Rangoon Lunatic Asylum 1878-1892 - 1878-1892
Year: 1878
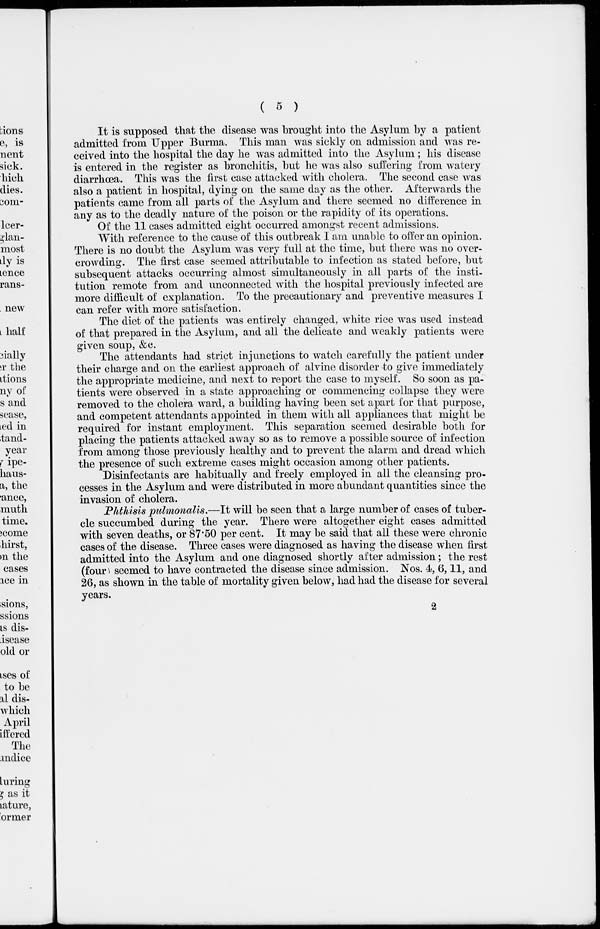
( 5 )
It is supposed that the disease was brought into the Asylum by a patient
admitted from Upper Burma. This man was sickly on admission and was re-
ceived into the hospital the day he was admitted into the Asylum; his disease
is entered in the register as bronchitis, but he was also suffering from watery
diarrhœa. This was the first case attacked with cholera. The second case was
also a patient in hospital, dying on the same day as the other. Afterwards the
patients came from all parts of the Asylum and there seemed no difference in
any as to the deadly nature of the poison or the rapidity of its operations.
Of the 11 cases admitted eight occurred amongst recent admissions.
With reference to the cause of this outbreak I am unable to offer an opinion.
There is no doubt the Asylum was very full at the time, but there was no over-
crowding. The first case seemed attributable to infection as stated before, but
subsequent attacks occurring almost simultaneously in all parts of the insti-
tution remote from and unconnected with the hospital previously infected are
more difficult of explanation. To the precautionary and preventive measures I
can refer with more satisfaction.
The diet of the patients was entirely changed, white rice was used instead
of that prepared in the Asylum, and all the delicate and weakly patients were
given soup, &c.
The attendants had strict injunctions to watch carefully the patient under
their charge and on the earliest approach of alvine disorder to give immediately
the appropriate medicine, and next to report the case to myself. So soon as pa-
tients were observed in a state approaching or commencing collapse they were
removed to the cholera ward, a building having been set apart for that purpose,
and competent attendants appointed in them with all appliances that might be
required for instant employment. This separation seemed desirable both for
placing the patients attacked away so as to remove a possible source of infection
from among those previously healthy and to prevent the alarm and dread which
the presence of such extreme cases might occasion among other patients.
Disinfectants are habitually and freely employed in all the cleansing pro-
cesses in the Asylum and were distributed in more abundant quantities since the
invasion of cholera.
Phthisis pulmonalis.—It will be seen that a large number of cases of tuber-
cle succumbed during the year. There were altogether eight cases admitted
with seven deaths, or 87.50 per cent. It may be said that all these were chronic
cases of the disease. Three cases were diagnosed as having the disease when first
admitted into the Asylum and one diagnosed shortly after admission; the rest
(four) seemed to have contracted the disease since admission. Nos. 4, 6,11, and
26, as shown in the table of mortality given below, had had the disease for several
years.
2